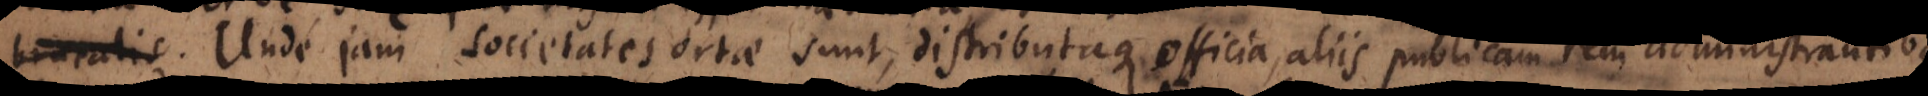
Unde jam societates ortae sunt, distributaque officia, aliis publicam rem administrantibus